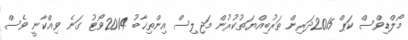
މޯލްޑިވްސް ކަޕް 2015ދަރިން ތަރުބިއްޔަތުކުރުން މަޖިލިސް އިންތިޚާބު 2014ވޯޓު ގަނެ ވިއްކާނީ ވެސް